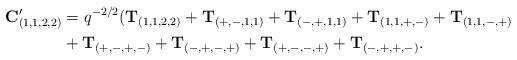
LaTeX: \begin{align*}\mathbf{C}^\prime_{(1,1,2,2)}&=q^{-2/2}(\mathbf{T}_{(1,1,2,2)}+\mathbf{T}_{(+,-,1,1)}+\mathbf{T}_{(-,+,1,1)}+\mathbf{T}_{(1,1,+,-)} +\mathbf{T}_{(1,1,-,+)}\\&+\mathbf{T}_{(+,-,+,-)}+\mathbf{T}_{(-,+,-,+)}+\mathbf{T}_{(+,-,-,+)} +\mathbf{T}_{(-,+,+,-)}.\end{align*}